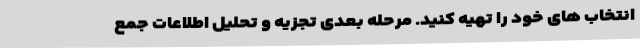
انتخاب های خود را تهیه کنید. مرحله بعدی تجزیه و تحلیل اطلاعات جمع